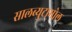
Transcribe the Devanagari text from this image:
सालब्युटामोल